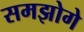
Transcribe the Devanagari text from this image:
समझोगे